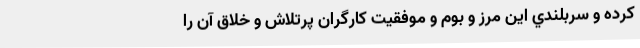
کرده و سربلندي اين مرز و بوم و موفقيت كارگران پرتلاش و خلاق آن را